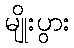
မျိုးပွား